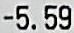
-5.59